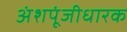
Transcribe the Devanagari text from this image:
अंशपूंजीधारक